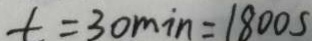
t = 3 0 \min = 1 8 0 0 s